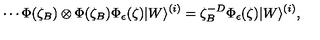
\cdots \Phi ( \zeta _ { B } ) \otimes \Phi ( \zeta _ { B } ) \Phi _ { \epsilon } ( \zeta ) | W \rangle ^ { ( i ) } = \zeta _ { B } ^ { - D } \Phi _ { \epsilon } ( \zeta ) | W \rangle ^ { ( i ) } ,